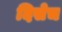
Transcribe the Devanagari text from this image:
दिसेच